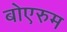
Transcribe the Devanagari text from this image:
बोएरुम